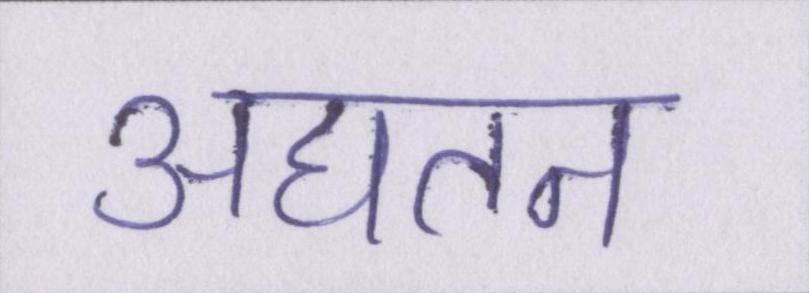
अद्यतन